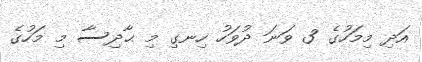
އަދި މިމަހުގެ 3 ވަނަ ދުވަހު ހިނގި މި ޙާދިސާ މި މަހުގެ